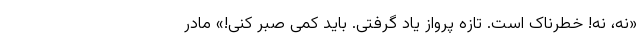
«نه، نه! خطرناک است. تازه پرواز یاد گرفتی. باید کمی صبر کنی!» مادر